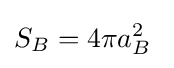
S_{B}=4\pi a_{B}^{2}\